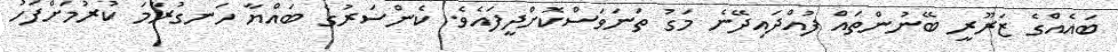
ބައެއްގެ ޒަރޫރީ ބޭނުންތައް ފުއްދައިދޭނެ މަގު ތަނަވަސްކޮށްދީފައެވެ. ކެންސަރުގެ ބައްޔާ ހަނގުރާމަ ކުރުމަށްފަހު